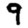
Digit: 9